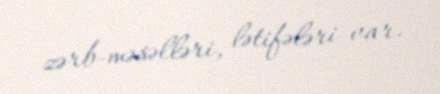
zərb-məsəlləri, lətifələri var.